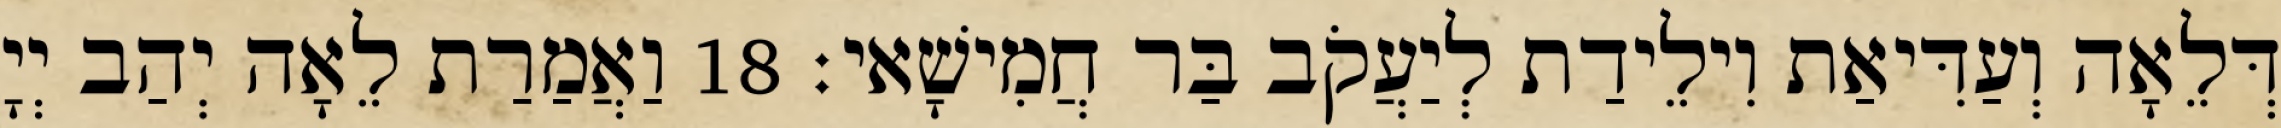
דְּלֵאָה וְעַדִּיאַת וִילֵידַת לְיַעֲקֹב בַּר חֲמִישָׁאי׃ 18 וַאֲמַרַת לֵאָה יְהַב יְיָ